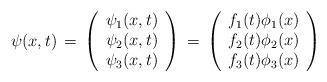
LaTeX: \begin{align*}\psi(x,t)\,=\,\left( \begin{array}{c} \psi_{1}(x,t) \\ \psi_{2}(x,t) \\ \psi_{3}(x,t) \end{array} \right) \,=\,\left( \begin{array}{c} f_{1}(t) \phi_{1}(x) \\ f_{2}(t) \phi_{2}(x) \\ f_{3}(t) \phi_{3}(x) \end{array} \right)\end{align*}